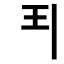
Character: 𩰊